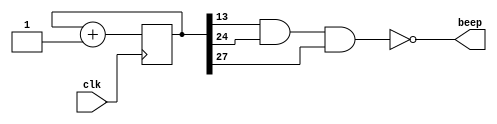

module    beep(
    input    wire clk,
    output   wire beep );

    reg beep_r;
    reg[27:0]count;

    assign beep = beep_r;

    always@(posedge clk)
    begin
        count <= count + 1'b1;
    end

    always @(count[9])
    begin
        beep_r = !(count[13] & count[24] & count[27]);
    end

endmodule